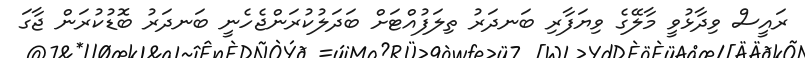
ރައީސް ވިދާޅުވީ މާލޭގެ ވިޔަފާރި ބަނދަރު ތިލަފުއްޓަށް ބަދަލުކުރަންޖެހެނީ ބަނދަރު ބޮޑުކުރަން ޖާގަ